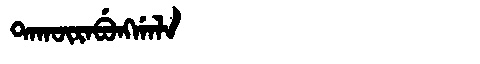
Manchu: ᡨᠠᡴᡡᡵᠠᠪᡠᠩᡤᠠᠯᠠ
Romanization: TAKŪRABUNGGALA